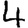
Digit: 4